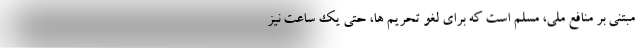
مبتنی بر منافع ملی، مسلم است که برای لغو تحریم ها، حتی یک ساعت نیز